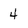
Character: 4